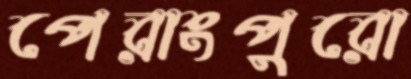
পেরাংপুরো